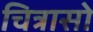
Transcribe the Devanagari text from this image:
चित्रासो